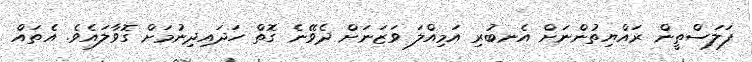
ފަލަސްތީން ރައްޔިތުންނަށް އެނބުރި އަމިއްލަ ވަޒަނަށް ދެވޭނެ ގޮތް ހަދައިދިނުމަށް ގޮވާލައެވެ. އެތައް